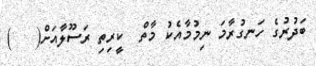
ބަދުރުގެ ހަނގުރާމަ ނިމުމާއެކު މާތް  ކީރިތި ރަސޫލާއަށް(   )